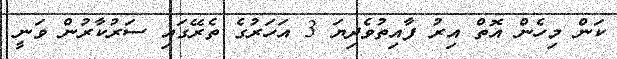
ކަން މިހެން އޮތް އިރު ފާއިތުވެދިޔަ 3 އަހަރުގެ ތެރޭގައި ސަރުކާރުން ވަނީ